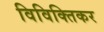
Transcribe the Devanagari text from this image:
विविक्तिकर